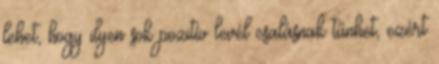
lehet, hogy ilyen sok pozitív levél csalásnak tűnhet, ezért